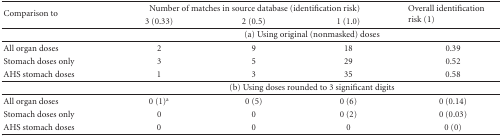
| <ROWSPAN=2> Comparison to | <COLSPAN=3> Number of matches in source database (identification risk) | <ROWSPAN=2> Overall identification risk (1) |
 | 3 (0.33) | 2 (0.5) | 1 (1.0) |
 | --- | --- | --- | --- | --- |
 |  | <COLSPAN=4> (a) Using original (nonmasked) doses |
 | All organ doses | 2 | 9 | 18 | 0.39 |
 | Stomach doses only | 3 | 5 | 29 | 0.52 |
 | AHS stomach doses | 1 | 3 | 35 | 0.58 |
 |  | <COLSPAN=4> (b) Using doses rounded to 3 significant digits |
 | All organ doses | 0 (1)a | 0 (5) | 0 (6) | 0 (0.14) |
 | Stomach doses only | 0 | 0 | 0 (2) | 0 (0.03) |
 | AHS stomach doses | 0 | 0 | 0 | 0 (0) |